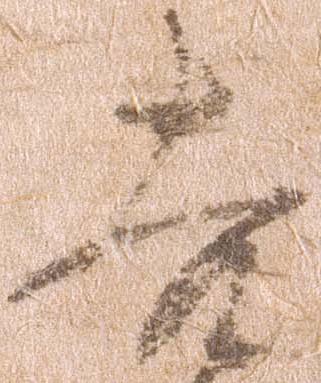
吉